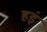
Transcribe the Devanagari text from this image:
हइं